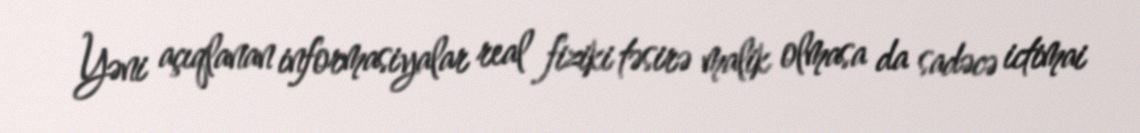
Yəni açıqlanan informasiyalar real fiziki təsirə malik olmasa da sadəcə ictimai